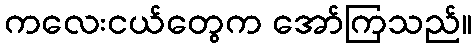
ကလေးငယ်တွေက အော်ကြသည်။